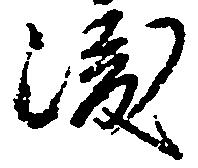
渡